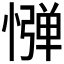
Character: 𢠤